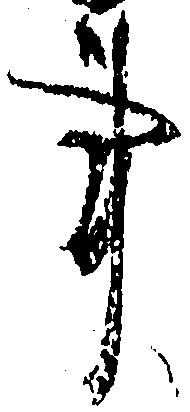
事